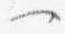
一